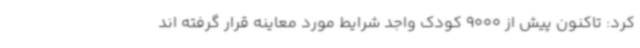
کرد: تاکنون پیش از 9000 کودک واجد شرایط مورد معاینه قرار گرفته اند